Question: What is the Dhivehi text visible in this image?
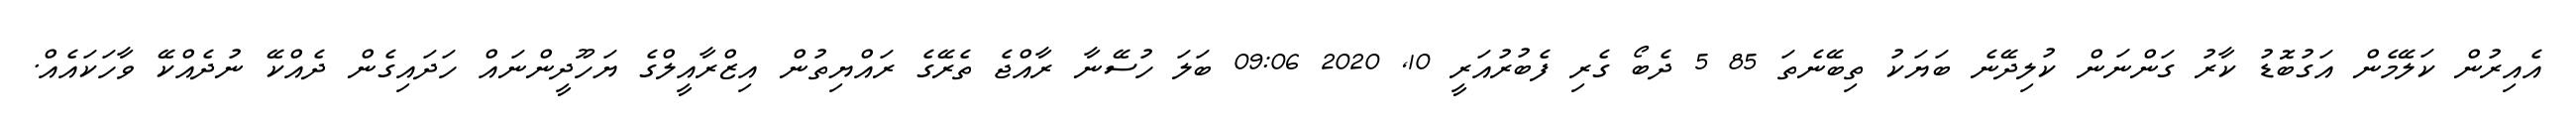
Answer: އެއިރުން ކަލޭމެން އަގުބޮޑު ކާރު ގަންނަން ކުލިދޭނެ ބަޔަކު ތިބޭނެތަ 85 5 ދެބޯ ގެރި ފެބުރުއަރީ 10, 2020 09:06 ބަލަ ހުސޭނާ ރާއްޖެ ތެރޭގެ ރައްޔިތުން އިޒްރާއީލްގެ ޔަހޫދީންނައް ހަދައިގެން ދެއްކޭ ނުދެއްކޭ ވާހަކައެއް.